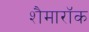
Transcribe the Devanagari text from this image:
शैमारॉक